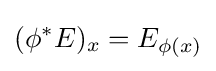
(\phi ^{*}E)_{x}=E_{\phi (x)}